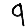
Digit: 9